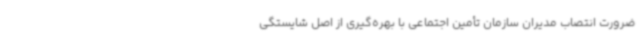
ضرورت انتصاب مدیران سازمان تأمین اجتماعی با بهره‌گیری از اصل شایستگی